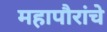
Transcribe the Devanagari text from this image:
महापौरांचे